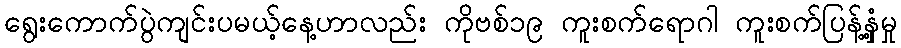
ရွေးကောက်ပွဲကျင်းပမယ့်နေ့ဟာလည်း ကိုဗစ်၁၉ ကူးစက်ရောဂါ ကူးစက်ပြန့်နှံ့မှု